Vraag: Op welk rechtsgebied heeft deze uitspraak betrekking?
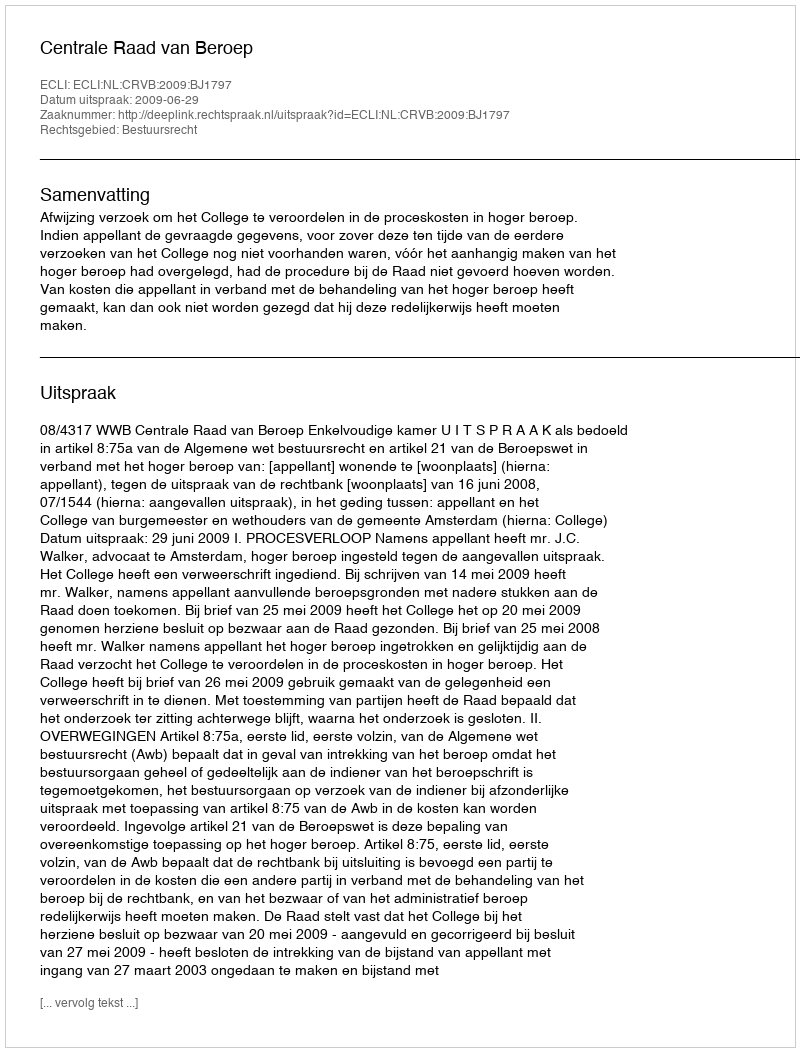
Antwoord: Bestuursrecht